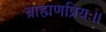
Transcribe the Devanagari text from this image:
ब्राह्मणप्रियः।।